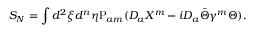
S _ { N } = \int d ^ { 2 } \xi d ^ { n } \eta \mathrm { P } _ { a m } ( D _ { a } X ^ { m } - i D _ { a } \bar { \Theta } \gamma ^ { m } \Theta ) .